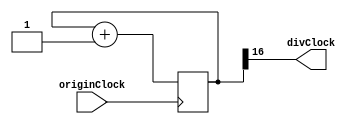
`timescale 1ns / 1ps

module DivCLK(
  input originClock,
  output divClock
);

  reg [16:0] counter;

  always @(posedge originClock) begin
    counter <= counter + 1;
  end

  assign divClock = counter[16];

endmodule